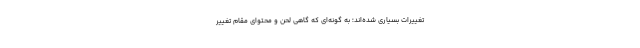
تغییرات بسیاری شده‌اند؛ به گونه‌ای که گاهی لحن و محتوای مقام تغییر